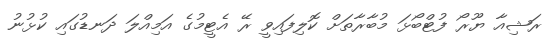
ރަޝިއާ ޔޫރޯ ފުޓްބޯޅަ މުބާރާތަށް ކޮލިފައިވީ ރޭ އެޓީމުގެ އަމިއްލަ ދަނޑުގައި ކުޅުނު